Vaccination in Bombay 1913-1923 - 1913-1923
Year: 1913
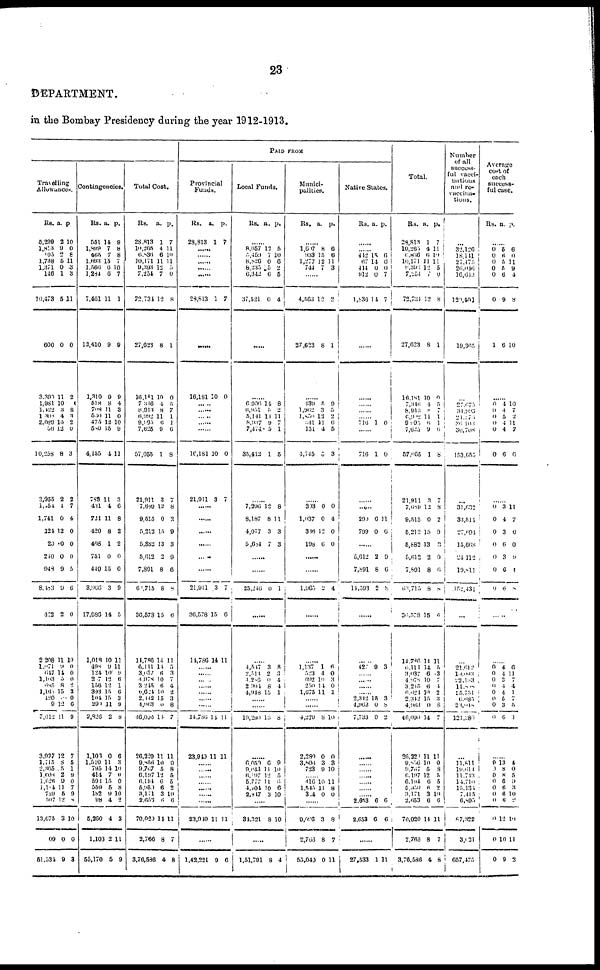
23
DEPARTMENT.
in the Bombay Presidency during the year 1912-1913.
Travelling
Allowances.
Rs.
5,299
1,813
105
1,738
1,371
146
10,473
600
3,390
1,981
1,422
1,308
2,089
56
10,258
3,055
1,054
1,741
124
20
240
948
8,483
422
2,208
1,071
647
1,103
685
1,165
120
9
7,012
3,937
1,745
2,365
1,608
1,626
1,184
729
507
13,675
09
51,534
a.
2
0
0
6
0
1
5
0
11
10
3
4
15
12
8
2
1
0
12
0
0
9
0
2
11
9
14
5
8
15
0 12
11
12
8
5
2
0
11
5
12
3
0
9
p.
10
0
6
11
3
3
11
0
2
0
8
3
2
0
3
2
7
4
0
0
0
5
6
0
10
0
0
0
2
3
0
6
0
7
5
1
9
0
7
9
8
10
0
3
Contingencies.
Rs.
551
1,899
465
1,693
1,566
1,284
7,461
12,410
1,310
518
708
560
475
580
4,155
783
481
721
420
408
751
449
3,966
17,986
1,011
498
124
207
156
393
104
290
2,826
1,108
1,510
795
414
502
559
182
98
5,360
1,103
55,170
a.
14
7
7
15
6
0
11
9
0
8
11
11
12
15
1
11
4
11
8
1
0
15
3
14
10
9
10
12
12
15
15
11
2
0
11
14
7
15
5
9
4
4
2
5
p.
9
8
8
7
10
7
1
9
9
4
3
0
10
9
11
3
6
8
2
2
0
0
0
5
11
11
9
6
1
6
3
9
8
6
3
10
0
0
8
10
2
3
11
9
Total Cost.
Rs.
28,813
10,265
6,836
10,171
9,393
7,254
72,734
27,023
16,181
7,316
8,913
6,992
9,995
7,625
57,055
21,911
7,689
9,515
5,212
5,882
5,612
7,891
68,715
36,578
14,786
6,111
3,037
4,978
3,245
6,624
2,142
4,'963
46,090
26,229
9,856
9,767
6,197
6,184
5,950
3,171
2,653
70,020
2,766
3,70,536
a.
1
4
6
11
12
7
12
8
10
1
8
11
6
9
1
3
12
0
15
13
2
8
8
15
14
11
6
10
6
10
15
0
14
11
10
5
12
6
6
3
6
11
8
4
p.
7
11
10
11
5
0
8
1
0
5
7
1
1
6
8
7
8
3
9
3
9
6
8
6
11
5
3
7
4
2
3
8
7
11
0
8
5
5
2
10
6
11
7
8
PAID FROM
Provincial
Funds.
Rs.
28,813
a.
1
p.
7
......
......
......
......
28,813 1 7
......
16,181 10 0
......
......
......
......
16,181
21,911
10
3
0
7
......
......
......
......
......
......
21,911
36,578
14,786
3
15
14
7
6
11
......
......
......
......
......
......
......
14,786
23,949
14
11
11
11
......
......
......
......
......
......
......
23,949 11 11
......
1,42,221 9 6
Local Funds.
Rs.
a. p.
......
8,657
5,459
8,826
8,235
6,342
37,521
12
7
0
5
6
0
5
10
6
2
5
4
......
6,906
6,951
5,141
8,937
7,174
35,412
14
5
11
9
5
1
8
2
11
7 1
5
......
7,296
8,187
4,077
5,684
12
8
3
7
8
11
3
3
25,246 0 1
......
4,547
2,514
4,286
2,094
4,918
3
2
0
8
15
8
3
4
4
1
......
19,290 13 8
......
6,050
9,043
6,197
5,777
4,104
2,847
6
11
12
11
10
3
9
10
5
0
0
10
......
34,321 8 10
.....
1,51,791 8 4
Munici¬
palities.
Rs.
a.
p.
......
1,007
933
1,277
744
8
15
12
7
6
6
11
3
......
4,563
27,623
12
8
2
1
......
439
1,962
1,856
341
151
4,745
5
3
12
11
4
5
9
5
2
6
5
3
......
303
1,037
386
198
0
0
12
0
0
4
0
0
1,965
2 4
......
1,137
523
692
250
1,675
1
4
10
11
11
6 0
3
0
1
......
......
4,279
2,280
3,806
723
8
0
3
9
10
0
3
10
......
416
1,545
324
10
11
0
11
8
0
9,696
2,768
53,040
3
8
0
8
7
11
Native States.
Rs. a. p.
......
......
412
67
414
912
1,836
15
14
0
0
14
6
6
0
7
7
......
......
......
716 1 0
......
716 1 0
......
......
290
799
6
0
11
6
......
5,612
7,891
14,593
2
8
0
9
0
8
......
......
427 9 3
......
......
......
......
2,342
4,963
7,733
15
0
0
3
8
2
......
......
......
......
......
2,653
2,653
6
6
0
6
......
27,533 1 11
Total.
Rs.
28,813
10,265
6,836
10,171
9,393
7,254
72,734
27,623
16,181
7,346
8,913
6,902
9,995
7,625
57,055
21,911
7,680
9,515
5,212
5,882
5,612
7,891
63,715
36,578
14,786
6,111
3,037
4,978
3,245
6,624
2,342
4,963
46,090
20,220
9,856
9,767
6,197
6,194
5,350
3,171
2,653
70,020
2,766
3,76,586
a.
1
4
6
11
12
7
12
8
10
4
8
11
6
9
1
3
12
0
15
13
2
8
8
15
14
14
6
10
6
10
15
0
14
11
10
5
12
0
6
3
6
14
8
4
p.
7
11
10
11
5
0
8
1
0
5 7
1
1
6
8
7
8
2
9
3
9
6
8
6
11
5
3
7
4
2
3
8
7
11
0
8
5
5
2
10
6
11
7
8
Number
of all
success-
ful vacci¬
nations
and re¬
vaccina¬
tions.
...
32,120
18,141
27,475
26,046
16,613
120,401
19,365
...
27,675
34,993
24,676
26,108
30,708
153,655
...
31,632
33,514
27,694
15,668
24,112
19,811
152,431
...
...
21,612
10,093
22,193
11,818
15,751
6,685
23,018
121,280
...
11,811
19,611
11,713
14,710
15,134
7,415
6,895
87,322
3,021
657,475
Average
cost of
each
success¬
ful case.
Rs. a p.
......
0
0 0
0
0
0
1
5
6
5
5
6
9
6
6
0
11
9
4
8
10
......
0
0
0
0
0
0
4
4
5
4
4
6
10
7
2
11
7
6
......
0
0
0
0
0
0
0
3
4
3
6
3
6
6
11
7
0
0
9
4
8
......
......
0
0
0
0
0
0
0
0
4
4
3
4
4
5
3
0
6
11
7
4
1
7
5
1
......
0
0
0
0
0
0
0
0
0
0
13
8
8
6
6
6
6
12
10
9
4
0
5
9
3
10
2
10
11
2